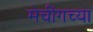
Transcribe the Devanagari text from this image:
मेचींगच्या